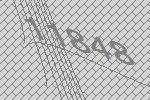
11848